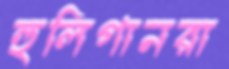
হুলিগানরা